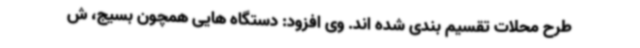
طرح محلات تقسیم بندی شده اند. وی افزود: دستگاه هایی همچون بسیج، ش